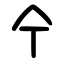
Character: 㐃